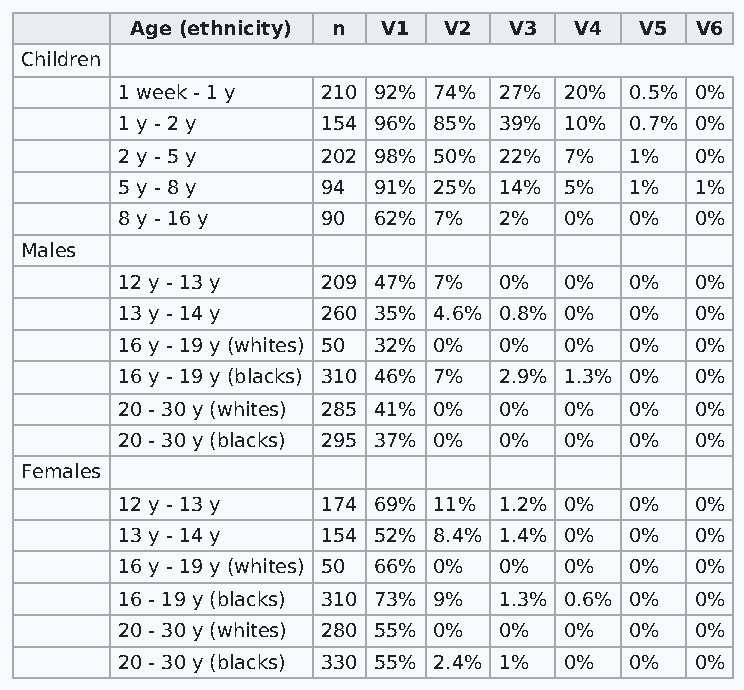
Age (ethnicity) n V1 V2  V3  V4  V5  V6
 Children
 1 week - 1 y 210 92% 74% 27% 20%  0.5% 0%
 1 y - 2 y    154 96% 85% 39% 10%  0.7% 0%
 2 y - 5 y    202 98% 50% 22% 7%   1%  0%
 5 y - 8 y    94  91% 25% 14% 5%   1%  1%
 8 y - 16 y   90  62% 7%  2%  0%   0%  0%
 Males
 12 y - 13 y  209 47% 7%  0%  0%   0%  0%
 13 y - 14 y  260 35% 4.6% 0.8% 0% 0%  0%
 16 y - 19 y (whites) 50 32% 0% 0% 0% 0% 0%
 16 y - 19 y (blacks) 310 46% 7% 2.9% 1.3% 0% 0%
 20 - 30 y (whites) 285 41% 0% 0% 0% 0% 0%
 20 - 30 y (blacks) 295 37% 0% 0% 0% 0% 0%
 Females
 12 y - 13 y  174 69% 11% 1.2% 0%  0%  0%
 13 y - 14 y  154 52% 8.4% 1.4% 0% 0%  0%
 16 y - 19 y (whites) 50 66% 0% 0% 0% 0% 0%
 16 - 19 y (blacks) 310 73% 9% 1.3% 0.6% 0% 0%
 20 - 30 y (whites) 280 55% 0% 0% 0% 0% 0%
 20 - 30 y (blacks) 330 55% 2.4% 1% 0% 0% 0%